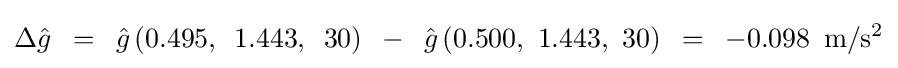
\Delta {\hat {g}}\,\,\,=\,\,\,{\hat {g}}\left({0.495,\,\,\,1.443,\,\,\,30}\right)\,\,\,-\,\,\,{\hat {g}}\left({0.500,\,\,1.443,\,\,30}\right)\,\,\,=\,\,\,-0.098{\rm {\,\,\,m/s^{2}}}